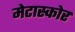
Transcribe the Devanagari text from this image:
मेटास्कोर